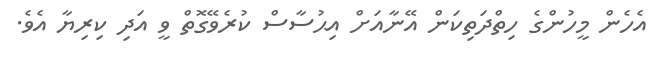
އެހެން މީހުންގެ ހިތްދަތިކަން އޭނާއަށް އިޙުސާސް ކުރެވޭގޮތް ވީ އަދި ކިރިޔާ އެވެ.